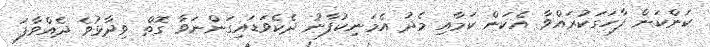
ކަންކަން ފާހަގަކުރައްވާ އެކަން ކަމާއި މެދު އެމަނިކުފާނު ދެކެވަޑައިގަންނަވާ ގޮތް ވިދާޅުވެ ދެއްވާފަ